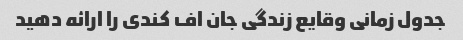
جدول زمانی وقایع زندگی جان اف کندی را ارائه دهید